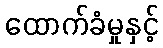
ထောက်ခံမှုနှင့်